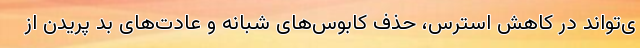
ی‌تواند در کاهش استرس، حذف کابوس‌های شبانه و عادت‌های بد پریدن از